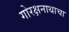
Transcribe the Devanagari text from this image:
गोरक्षनाथाचा